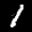
Label: 1